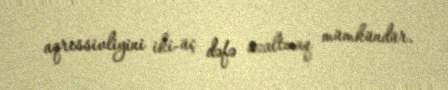
aqressivliyini iki-üç dəfə azaltmaq mümkündür.